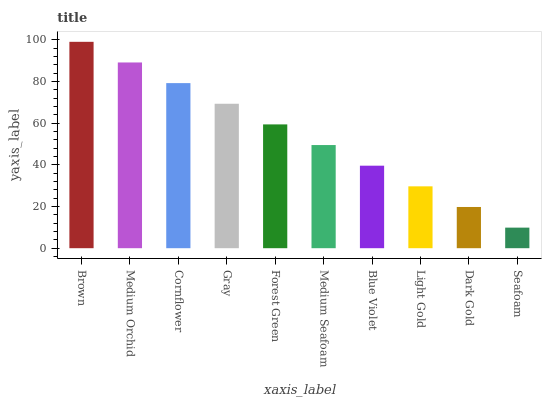
| xaxis_label | bars |
 | --- | --- |
 | Brown | 99 |
 | Medium Orchid | 89.1 |
 | Cornflower | 79.2 |
 | Gray | 69.3 |
 | Forest Green | 59.4 |
 | Medium Seafoam | 49.5 |
 | Blue Violet | 39.6 |
 | Light Gold | 29.7 |
 | Dark Gold | 19.8 |
 | Seafoam | 9.87 |